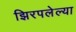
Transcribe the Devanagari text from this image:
झिरपलेल्या